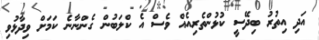
އަދި އިތުރު ބިދޭސީ ކުޅުންތެރިއެއް ވެސް އެ ކްލަބުން ގެންނާނެ ކަމަށް ވިދާޅުވި